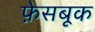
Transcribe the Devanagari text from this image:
फ़ेसबूक